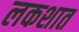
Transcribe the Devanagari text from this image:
लकशात